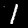
Label: 1